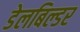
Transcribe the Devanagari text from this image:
डेलबिल्डर